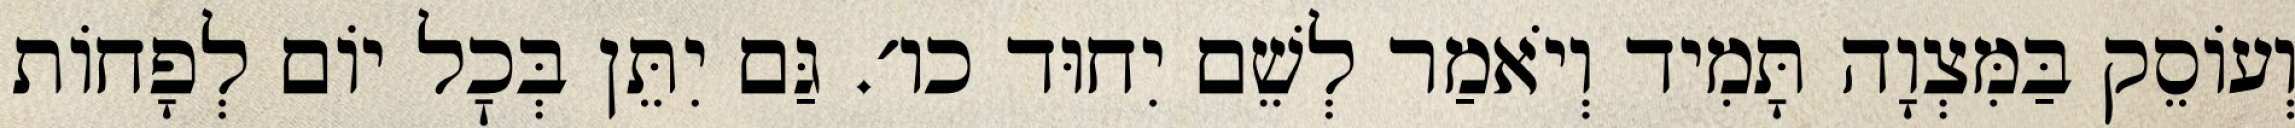
וְעוֹסֵק בַּמִּצְוָה תָּמִיד וְיֹאמַר לְשֵׁם יִחוּד כו׳. גַּם יִתֵּן בְּכׇל יוֹם לְפָחוֹת